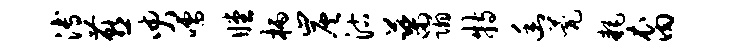
溥燕臾嚅瞠柄炭沽蕖蹋特幽甍耗裔